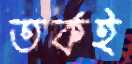
তর্কই